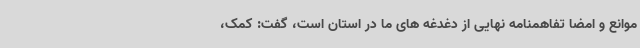
موانع و امضا تفاهمنامه نهایی از دغدغه های ما در استان است، گفت: کمک،